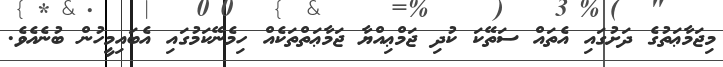
މިޖަމާޢަތުގެ ދަށުގައި އެތައް ސަތޭކަ ކުދި ޖަމްޢިއްޔާ ޖަމާޢަތްތަކެއް ހިމެނޭކަމުގައި އެބައިމީހުން ބުނެއެވެ.